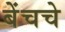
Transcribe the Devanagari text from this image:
बेंचचे